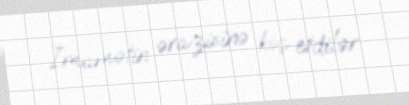
İmamətin ərazisinə köç etdilər.